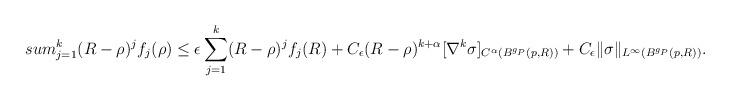
LaTeX: \begin{align*}\\sum_{j=1}^k (R-\rho)^{j }f_j(\rho) \leq \epsilon \sum_{j=1}^k (R-\rho)^j f_j(R) + C_\epsilon (R-\rho)^{k+\alpha}[\nabla^k\sigma]_{C^{\alpha}(B^{g_P}(p,R))} + C_\epsilon \|\sigma\|_{L^\infty(B^{g_P}(p,R))}.\end{align*}